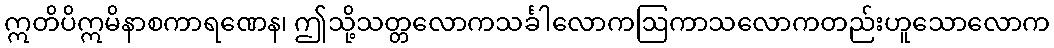
ဣတိပိဣမိနာစကာရဏေန၊ ဤသို့သတ္တလောကသင်္ခါလောကဩကာသလောကတည်းဟူသောလောက